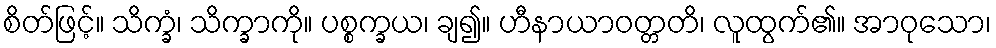
စိတ်ဖြင့်။ သိက္ခံ၊ သိက္ခာကို။ ပစ္စက္ခယ၊ ချ၍။ ဟီနာယာဝတ္တတိ၊ လူထွက်၏။ အာဝုသော၊